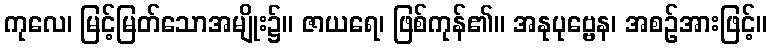
ကုလေ၊ မြင့်မြတ်သောအမျိုး၌။ ဇာယရေ၊ ဖြစ်ကုန်၏။ အနုပုဗ္ဗေန၊ အစဉ်အားဖြင့်။